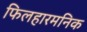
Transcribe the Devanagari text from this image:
फिलहारमनिक